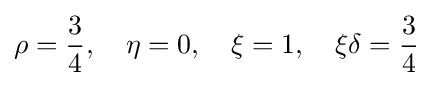
\rho ={3 \over 4},\quad \eta =0,\quad \xi =1,\quad \xi \delta ={3 \over 4}